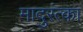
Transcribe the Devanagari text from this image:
मादुरंत्का